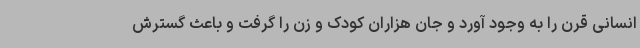
انسانی قرن را به وجود آورد و جان هزاران کودک و زن را گرفت و باعث گسترش